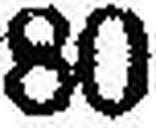
80